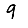
Digit: 9